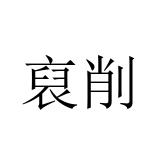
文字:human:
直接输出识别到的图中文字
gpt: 裒削